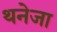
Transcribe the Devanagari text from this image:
थनेजा